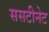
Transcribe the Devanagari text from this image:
ससटीनेट